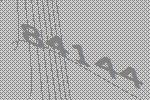
84144